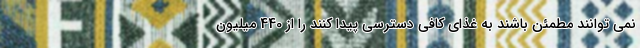
نمی توانند مطمئن باشند به غذای کافی دسترسی پیدا کنند را از 440 میلیون